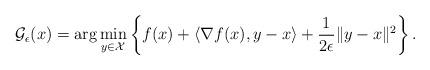
LaTeX: \begin{align*}\mathcal{G}_\epsilon (x) = \arg \min_{y \in \mathcal{X}} \left\{ f(x) + \langle \nabla f(x), y-x\rangle + \frac{1}{2\epsilon}\|y-x\|^2 \right\}.\end{align*}